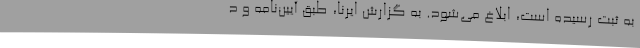
به ثبت رسیده است، ابلاغ می‌شود. به گزارش ایرنا، طبق آیین‌نامه و د